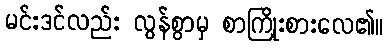
မင်းဒင်လည်း လွန်စွာမှ စာကြိုးစားလေ၏။